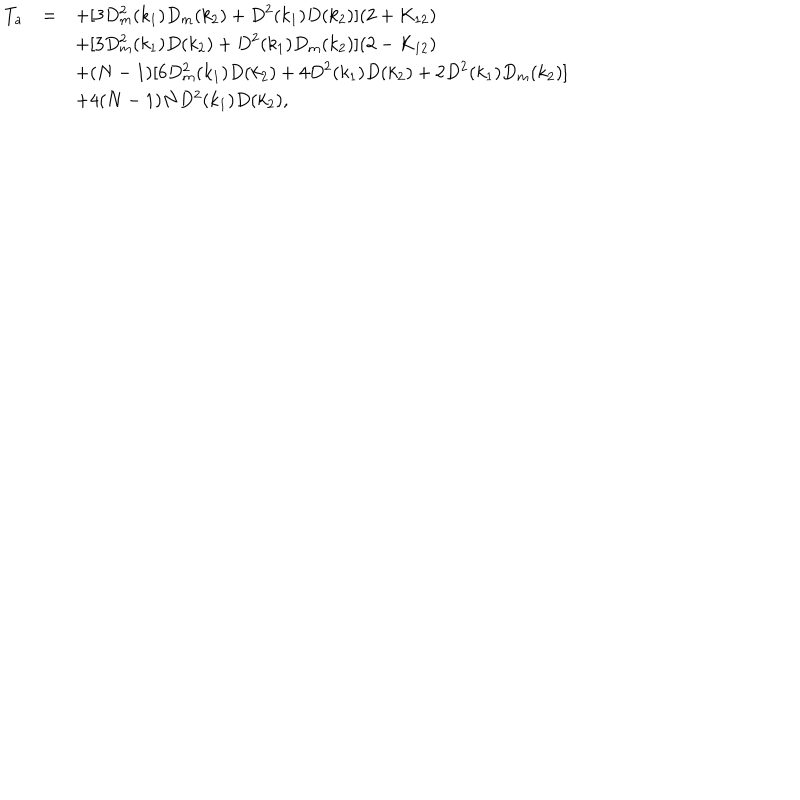
\begin{array} { r c l } { { T _ { a } } } & { { = } } & { { \displaystyle + [ 3 D _ { m } ^ { 2 } ( k _ { 1 } ) D _ { m } ( k _ { 2 } ) + D ^ { 2 } ( k _ { 1 } ) D ( k _ { 2 } ) ] ( 2 + K _ { 1 2 } ) } } \\ { { } } & { { } } & { { \displaystyle + [ 3 D _ { m } ^ { 2 } ( k _ { 1 } ) D ( k _ { 2 } ) + D ^ { 2 } ( k _ { 1 } ) D _ { m } ( k _ { 2 } ) ] ( 2 - K _ { 1 2 } ) } } \\ { { } } & { { } } & { { \displaystyle + ( N - 1 ) [ 6 D _ { m } ^ { 2 } ( k _ { 1 } ) D ( k _ { 2 } ) + 4 D ^ { 2 } ( k _ { 1 } ) D ( k _ { 2 } ) + 2 D ^ { 2 } ( k _ { 1 } ) D _ { m } ( k _ { 2 } ) ] } } \\ { { } } & { { } } & { { + 4 ( N - 1 ) N D ^ { 2 } ( k _ { 1 } ) D ( k _ { 2 } ) , } } \\ \end{array}